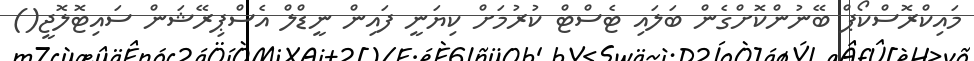
މައިކްރޮސްކޯޕް ބޭނުންކޮށްގެން ބަލައި ޓެސްޓް ކުރުމަށް ކިޔަނީ ފައިން ނީޑްލް އެސްޕިރޭޝަން ސައިޓޮލޮޖީ()